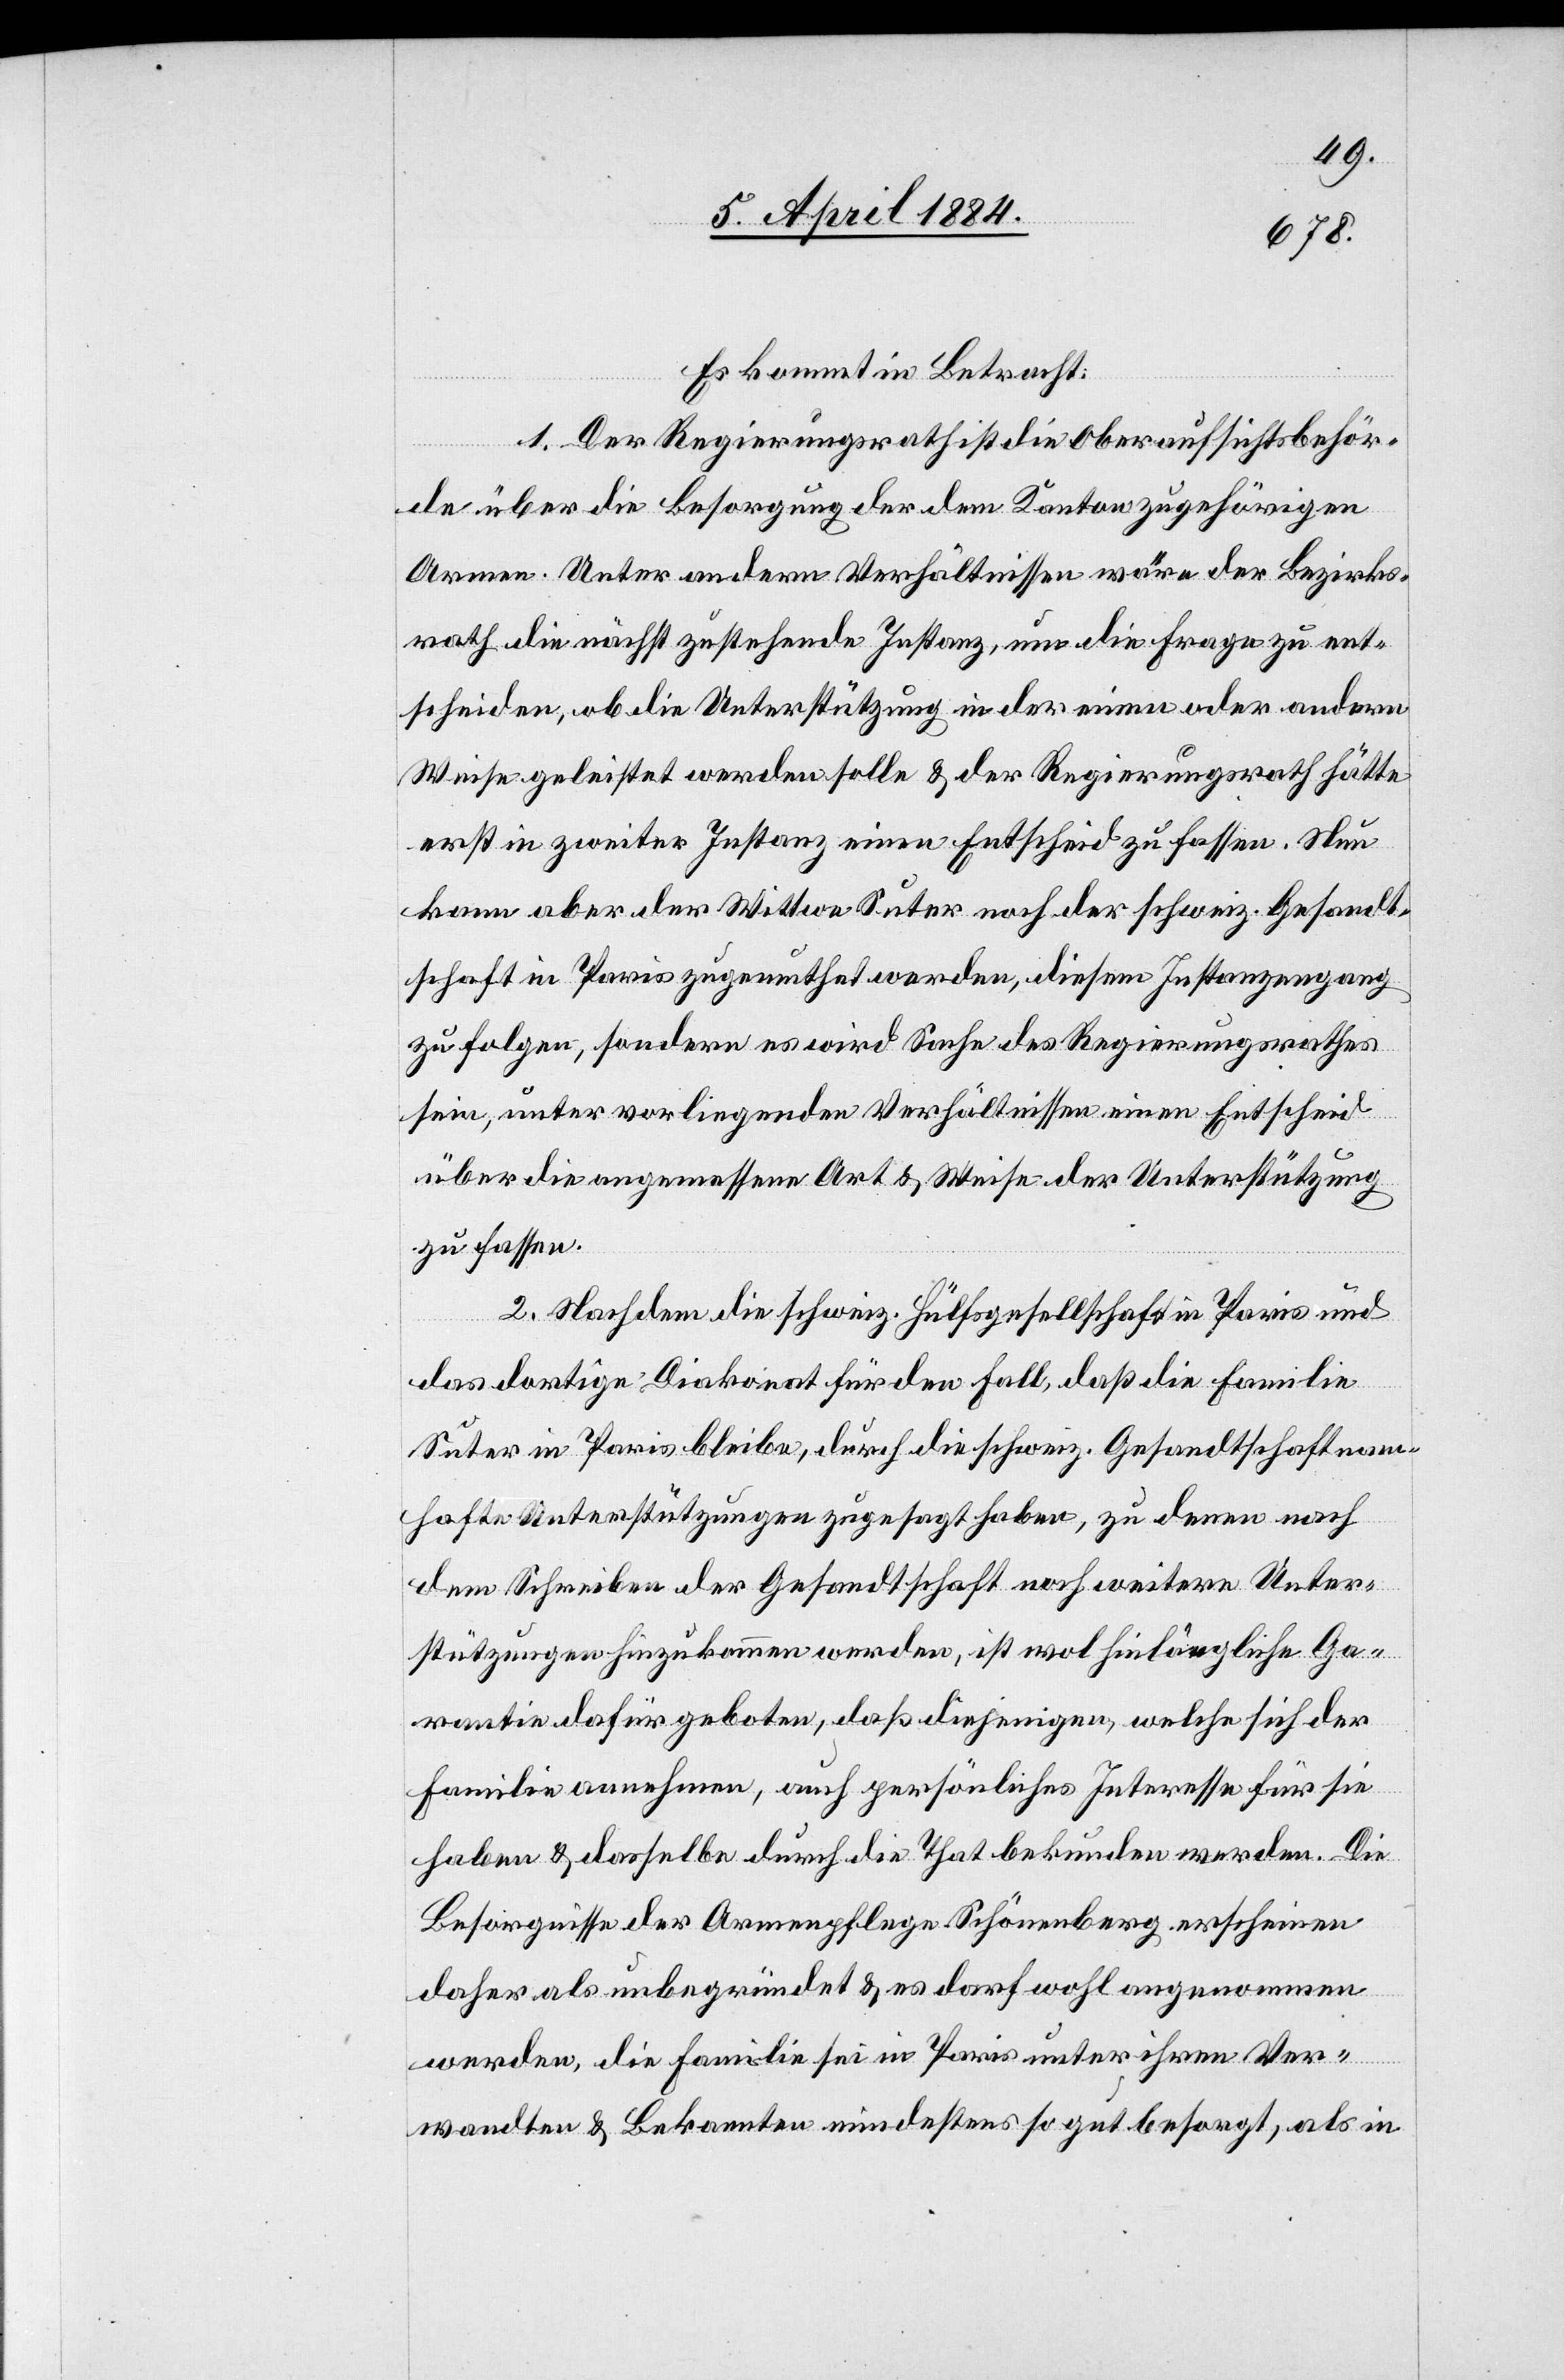
Es kommt in Betracht.
1. Der Regierungsrath ist die Oberaufsichtsbehör¬
de über die Besorgung der dem Kanton zugehörigen
Armen. Unter anderen Verhältnissen wäre der Bezirks¬
rath die nächst zustehende Instanz, um die Frage zu ent¬
scheiden, ob die Unterstützung in der einen oder andern
Weise geleistet werden solle & der Regierungsrath hätte
erst in zweiter Instanz einen Entscheid zu fassen. Nun
kann aber der Wittwe Suter noch der schweiz. Gesandt¬
schaft in Paris zugemuthtet werden, diesem Instanzengang
zu folgen, sondern es wird Sache des Regierungsrathes
sein, unter vorliegenden Verhältnissen einen Entscheid
über die angemessene Art & Weise der Unterstützung
zu fassen.
2. Nachdem die schweiz. Hülfsgesellschaft in Paris und
das dortige Diakonat für den Fall, daß die Familie
Suter in Paris bleibe, durch die schweiz. Gesandtschaft nam¬
hafte Unterstützungen zugesagt haben, zu deren nach
dem Schreiben der Gesandtschaft noch weitere Unter¬
stützungen hinzukommen werden, ist wohl hinlängliche Ga¬
rantie dafür geboten, daß diejenigen, welche sich der
Familie annehmen, auch persönliches Interesse für sie
haben & dasselbe durch die That bekunden werden. Die
Besorgnisse der Armenpflege Schönenberg erscheinen
daher als unbegründet & es darf wohl angenommen
werden, die Familie sei in Paris unter ihren Ver¬
wandten & Bekannten mindestens so gut besorgt, als in